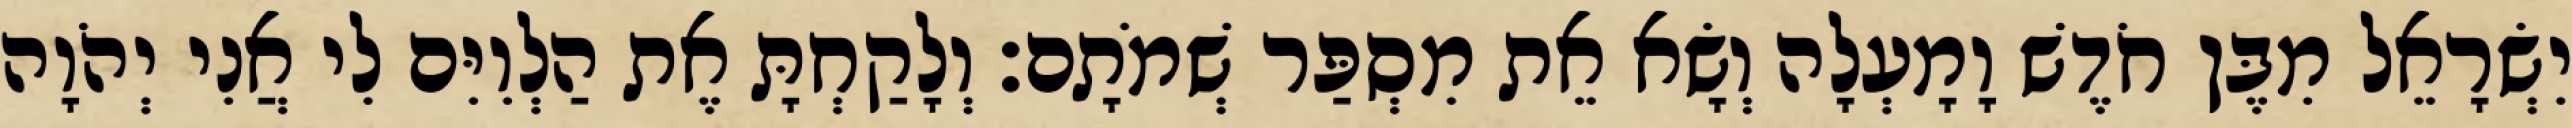
יִשְׂרָאֵל מִבֶּן חֹדֶשׁ וָמָעְלָה וְשָׂא אֵת מִסְפַּר שְׁמֹתָם׃ וְלָקַחְתָּ אֶת הַלְוִיִּם לִי אֲנִי יְהֹוָה